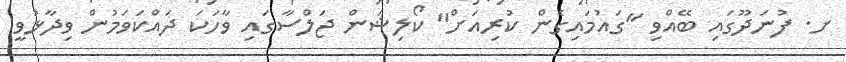
ށ. ފުނަދޫގައި ބޭއްވި "ގައުމައިގެން ކުރިއަށް" ކޯލިޝަން ޖަލްސާގައި ވާހަކަ ދައްކަވަމުން ވިދާޅުވީ